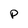
Character: p